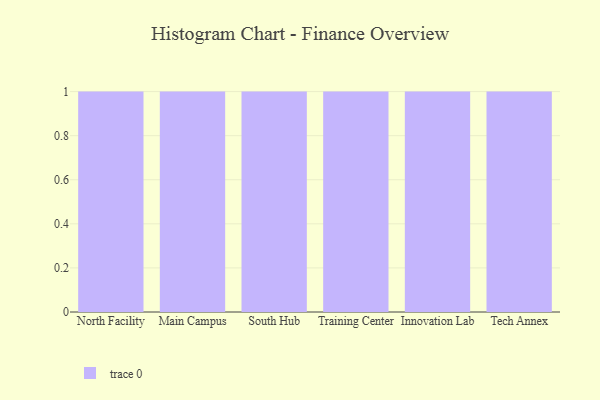
{"axis": {"x": "Campus", "y": "Satisfaction Score"}, "legend": [""], "data": [{"x": "North Facility", "y": 46, "type": ""}, {"x": "Main Campus", "y": 48, "type": ""}, {"x": "South Hub", "y": 63, "type": ""}, {"x": "Training Center", "y": 39, "type": ""}, {"x": "Innovation Lab", "y": 91, "type": ""}, {"x": "Tech Annex", "y": 58, "type": ""}]}